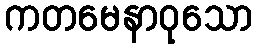
ကတမေနာဝုသော